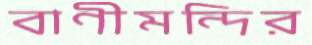
বাণীমন্দির